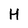
Character: H